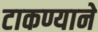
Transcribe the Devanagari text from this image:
टाकण्याने